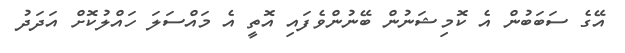
އޭގެ ސަބަބުން އެ ކޮމިޝަނުން ބޭނުންވެފައި އޮތީ އެ މައްސަލަ ހައްލުކޮށް އަދަދު